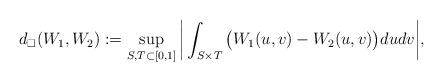
LaTeX: \begin{align*}d_\square(W_1,W_2):=\sup_{S,T\subset [0,1]}\bigg|\int_{S\times T} \big(W_1(u,v)-W_2(u,v) \big)du dv\bigg|,\end{align*}